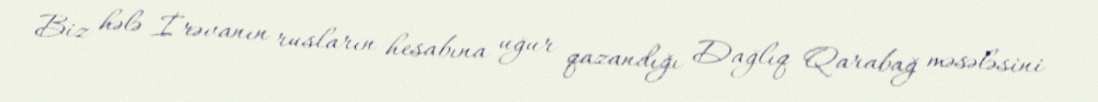
Biz hələ İrəvanın rusların hesabına uğur qazandığı Dağlıq Qarabağ məsələsini